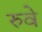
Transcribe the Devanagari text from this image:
रुवे